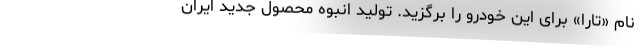
نام «تارا» برای این خودرو را برگزید. تولید انبوه محصول جدید ایران